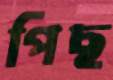
পিছ